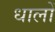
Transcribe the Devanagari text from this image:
धालों